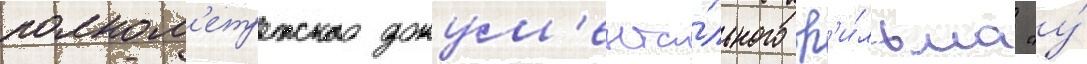
полном'етражного докум'ента́льного ф'и́льма "у́